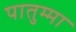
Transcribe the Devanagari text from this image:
पातुम्मा